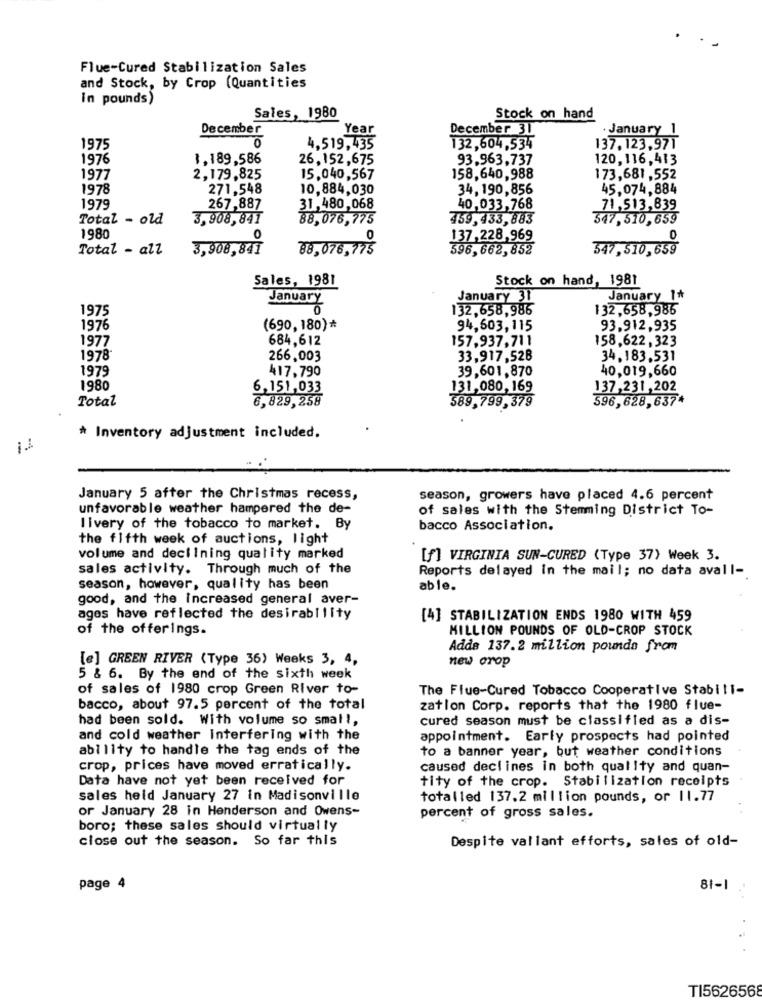
Flue-Cured Stabilization Sales
and Stock, by Crop (Quantities
in pounds)
Sales, 1980
Stock on hand
December
Year
December 31
· January 1
1975
4,519,435
132,604,534
137, 123,971
1976
1,189,586
26,152,675
93.963,737
120,116,413
1977
2,179.825
15,040,567
158,640,988
173,681,552
1978
271,548
10,884,030
34, 190,856
45,074,884
1979
267,887
31,480,068
40,033,768
71,513,839
Total - old
3,908,841
88,076,775
759.433,883
347,510,659
1980
0
0
137,228,969
0
Total - all
3,908,841
88,076,775
596,662,852
347,510,659
Sales, 1981
Stock on hand, 1981
January 31
January 1+
1975
January
132,658,986
1 32,658,986
1976
(690, 180) *
94,603,115
93,912,935
1977
684,612
157,937,711
158,622, 323
1978
266,003
33,917,528
34,183,531
1979
39,601,870
40,019,660
417,790
1980
6,151,033
131,080,169
137,231,202
Total
6,829,258
389,799,379
596,628,637*
* Inventory adjustment included.
January 5 after the Christmas recess,
season, growers have placed 4.6 percent
unfavorable weather hampered the de-
of sales with the Stemming District To-
livery of the tobacco to market. By
bacco Association.
the fifth week of auctions, light
volume and declining quality marked
[f] VIRGINIA SUN-CURED (Type 37) Week 3.
sales activity. Through much of the
Reports delayed in the mail; no data avall-
season, however, quality has been
able.
good, and the increased general aver-
ages have reflected the desirability
[4] STABILIZATION ENDS 1980 WITH 459
of the offerings.
MILLION POUNDS OF OLD-CROP STOCK
Adds 137.2 million pounds from
[e] GREEN RIVER (Type 36) Weeks 3, 4,
new orop
5 & 6. By the end of the sixth week
of sales of 1980 crop Green River to-
The Flue-Cured Tobacco Cooperative Stabili-
bacco, about 97.5 percent of the total
zation Corp. reports that the 1980 flue-
had been sold. With volume so smal !,
cured season must be classified as a dis-
and cold weather Interfering with the
appointment. Early prospects had pointed
ability to handle the tag ends of the
to a banner year, but weather conditions
crop, prices have moved erratically.
caused declines in both quality and quan-
Data have not yet been received for
tity of the crop. Stabilization receipts
sales heid January 27 in Madisonville
totalled 137.2 million pounds, or 11.77
or January 28 in Henderson and Owens-
percent of gross sales.
boro; these sales should virtually
close out the season. So far this
Despite vallant efforts, sales of old-
page 4
81-1
..
TI5626568